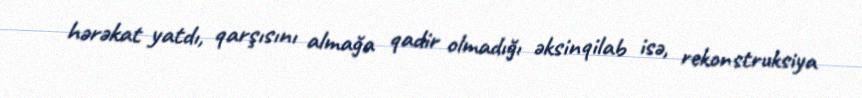
hərəkat yatdı, qarşısını almağa qadir olmadığı əksinqilab isə, rekonstruksiya